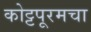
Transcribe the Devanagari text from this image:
कोट्टपूरमचा